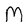
Character: M